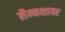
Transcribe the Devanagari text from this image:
लैन्कशायर